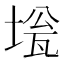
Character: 𡍻